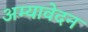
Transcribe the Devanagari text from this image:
अम्यावेदन